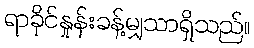
ရာခိုင်နှုန်းခန့်မျှသာရှိသည်။